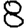
Digit: 8